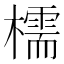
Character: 檽